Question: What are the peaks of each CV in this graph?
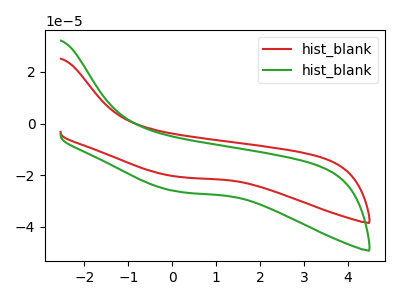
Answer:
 <answer>The red curve "hist_blank1" has no peaks. The green curve "hist_blank2" has no peaks.</answer>
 <eval></eval>